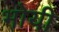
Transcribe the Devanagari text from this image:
भोयी